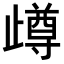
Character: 𣦝